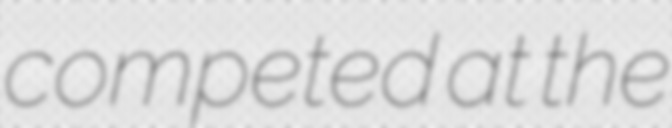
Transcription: competed at the